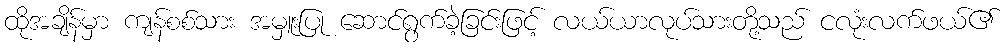
ထိုအချိန်မှာ ကျန်စစ်သား အမှူးပြု ဆောင်ရွက်ခဲ့ခြင်းဖြင့် လယ်ယာလုပ်သားတို့သည် ငလုံးလက်ဖယ်၏